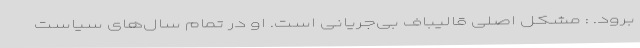
برود. : مشکل اصلی قالیباف بی‌جریانی است. او در تمام سال‌های سیاست